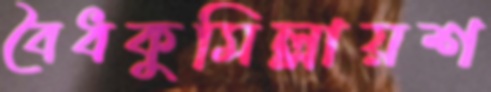
বৈধকুমিল্লায়শ